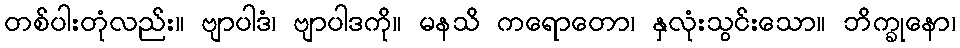
တစ်ပါးတုံလည်း။ ဗျာပါဒံ၊ ဗျာပါဒကို။ မနသိ ကရောတော၊ နှလုံးသွင်းသော။ ဘိက္ခုနော၊